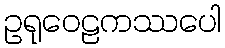
ဥရုဝေဠကဿပေါ